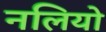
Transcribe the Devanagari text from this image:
नलियो